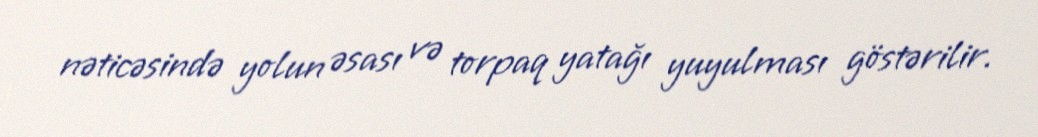
nəticəsində yolun əsası və torpaq yatağı yuyulması göstərilir.